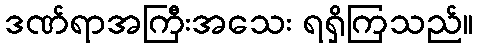
ဒဏ်ရာအကြီးအသေး ရရှိကြသည်။